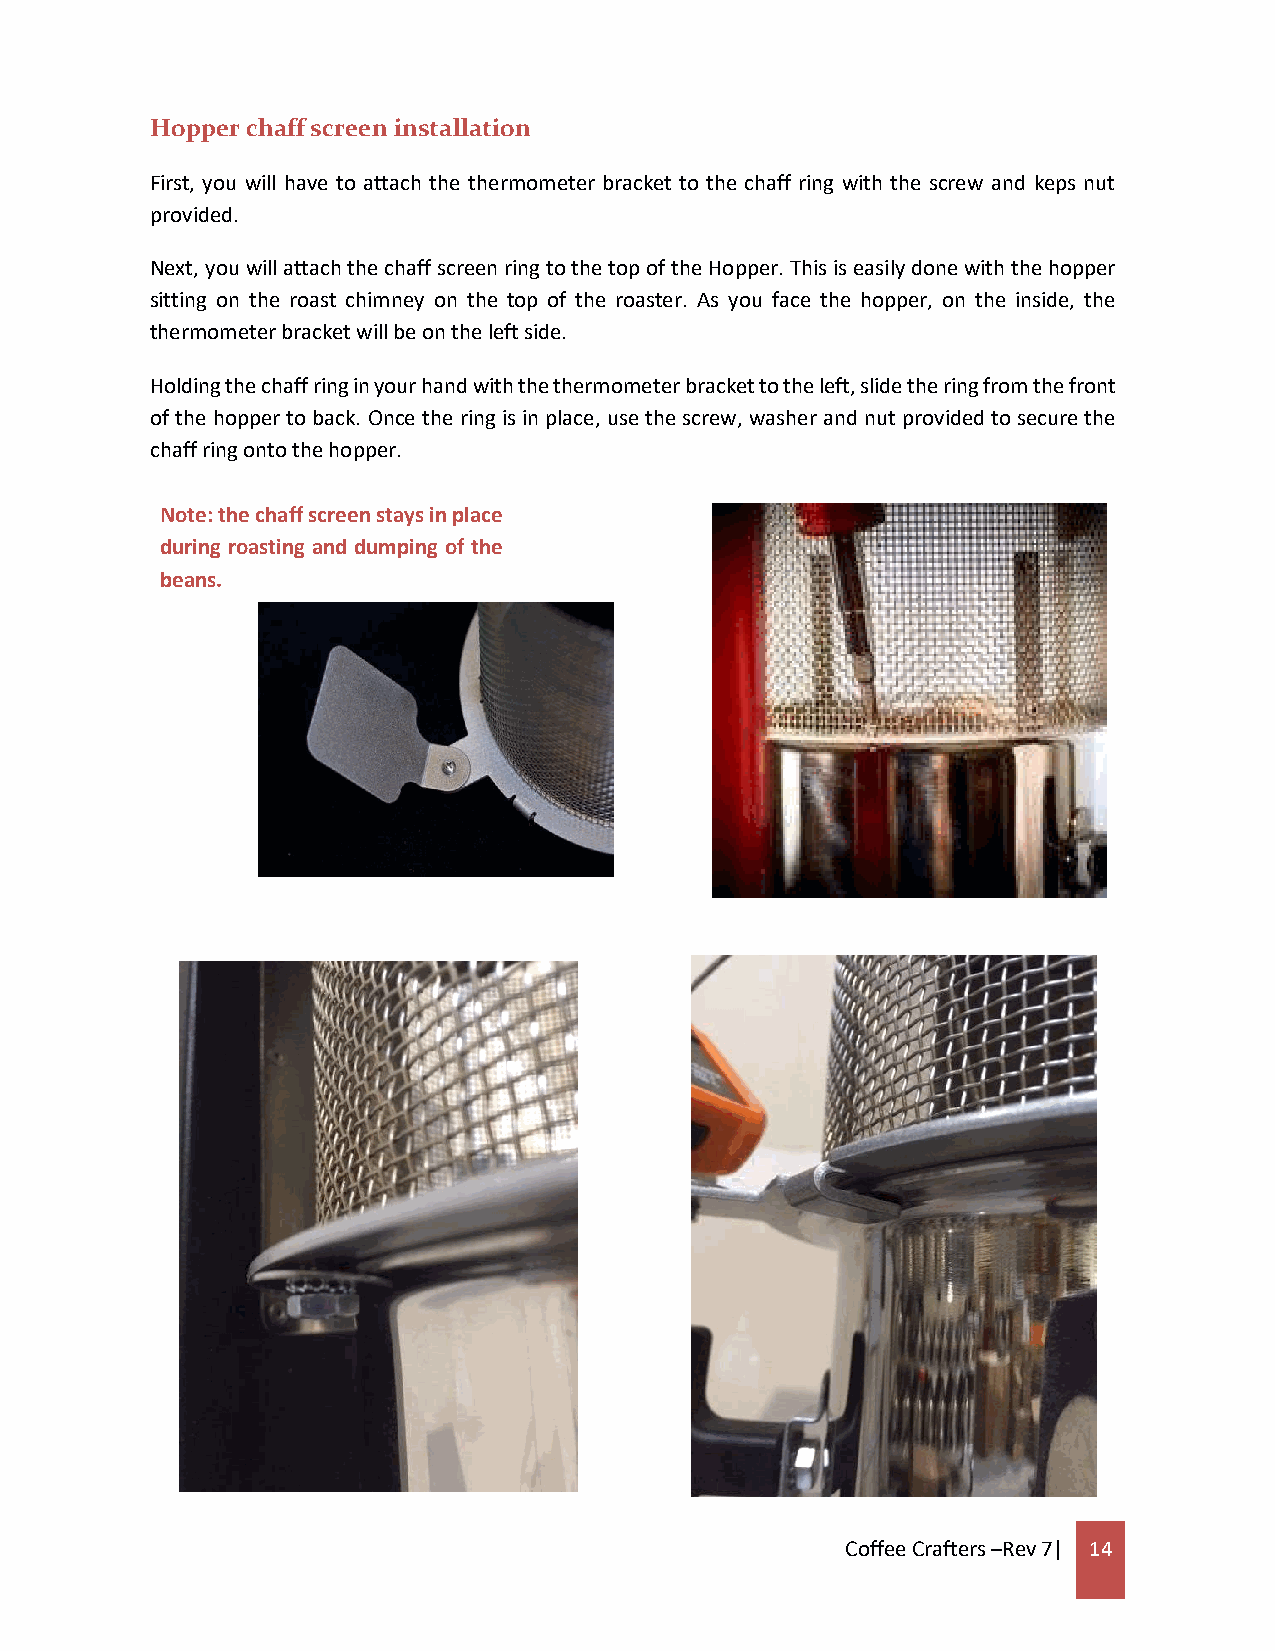
Hopper chaff screen installation
 First, you will have to attach the thermometer bracket to the chaff ring with the screw and keps nut
 provided.
 Next, you will attach the chaff screen ring to the top of the Hopper. This is easily done with the hopper
 sitting on the roast chimney on the top of the roaster. As you face the hopper, on the inside, the
 thermometer bracket will be on the left side.
 Holding the chaff ring in your hand with the thermometer bracket to the left, slide the ring from the front
 of the hopper to back. Once the ring is in place, use the screw, washer and nut provided to secure the
 chaff ring onto the hopper.
 Note: the chaff screen stays in place
 during roasting and dumping of the
 beans.
 Coffee Crafters –Rev 7| 14